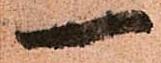
一